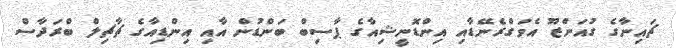
ޗައިނާގެ ގުއަންޒޫ އެވަގްރެނޭޑާއި އިންޑޮނީޝިއާގެ ޕާސިބް ބަންޑުން އާއި އިންޑިއާގެ ޗާޗިލް ބްރަދާސް